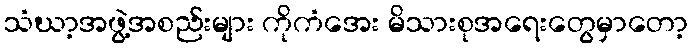
သံဃာ့အဖွဲ့အစည်းများ ကိုကံအေး မိသားစုအရေးတွေမှာတော့